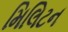
મિલિટન